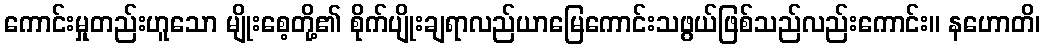
ကောင်းမှုတည်းဟူသော မျိုးစေ့တို့၏ စိုက်ပျိုးချရာလည်ယာမြေကောင်းသဖွယ်ဖြစ်သည်လည်းကောင်း။ နဟောတိ၊